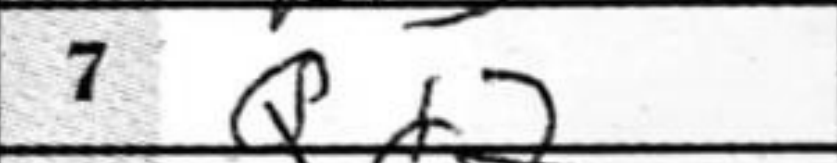
Transcription: Qd2